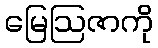
မြေဩဇာကို